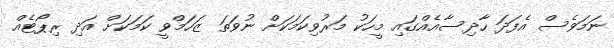
ނަމަވެސް އެފަދަ ހާދިސާއެއްގައި މީހަކު މަރުވިކަމަކަށް ނުވަތަ ޒަހަމްވީ ކަމަކަށް އަދި ރިޕޯޓެއް